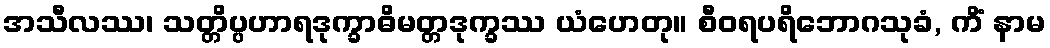
အသီလဿ၊ သတ္တိပ္ပဟာရဒုက္ခာဓိမတ္တဒုက္ခဿ ယံဟေတု။ စီဝရပရိဘောဂသုခံ, ကိံ နာမ